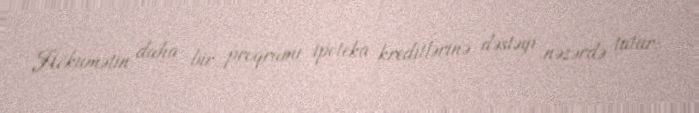
Hökumətin daha bir proqramı ipoteka kreditlərinə dəstəyi nəzərdə tutur: